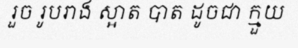
រួច រូបរាង ស្អាត បាត ដូចជា ក្មួយ